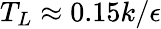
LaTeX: T_{L}\approx 0.15k/\epsilon